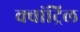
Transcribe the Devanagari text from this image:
क्वांट्रिल